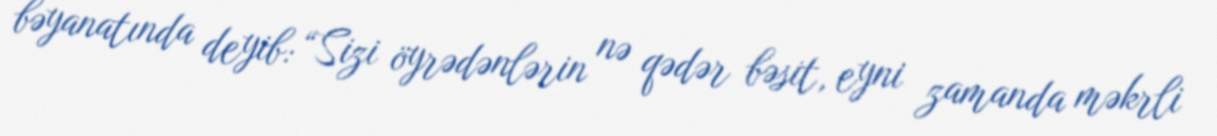
bəyanatında deyib: “Sizi öyrədənlərin nə qədər bəsit, eyni zamanda məkrli